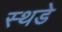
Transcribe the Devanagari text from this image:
स्थडे